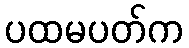
ပထမပတ်က